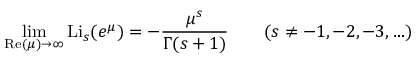
\operatorname* { l i m } _ { \operatorname { R e } ( \mu ) \to \infty } \operatorname { L i } _ { s } ( e ^ { \mu } ) = - { \frac { \mu ^ { s } } { \Gamma ( s + 1 ) } } \qquad ( s \neq - 1 , - 2 , - 3 , \ldots )